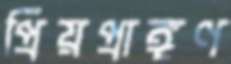
প্রিয়প্রাঙ্গণ